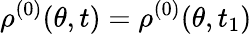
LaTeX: \rho^{(0)}(\theta,t)=\rho^{(0)}(\theta,t_{1})